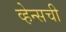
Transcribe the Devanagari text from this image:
व्हेन्सची